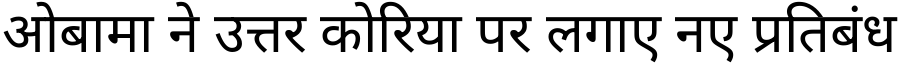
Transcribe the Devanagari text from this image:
ओबामा ने उत्तर कोरिया पर लगाए नए प्रतिबंध